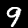
Digit: 9